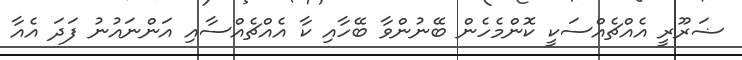
ޟަރޫރީ އެއްޗެއްސަކީ ކޮންމެހެން ބޭނުންވާ ބޭހާއި ކާ އެއްޗެއްސާއި އަންނައުނު ފަދަ އެއާ